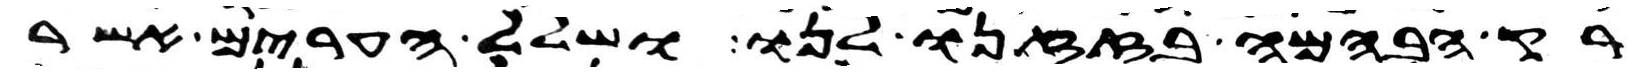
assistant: רק הבהמה בזזנו לנו ושלל הערים אשר